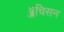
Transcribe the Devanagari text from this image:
ॲचिसन